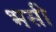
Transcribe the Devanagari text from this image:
भसी